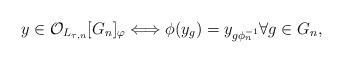
LaTeX: \begin{align*} y \in \mathcal{O}_{L_{\tau,n}}[G_n]_{\varphi} \Longleftrightarrow \phi(y_g) = y_{g \phi_n^{-1}} \forall g \in G_n, \end{align*}